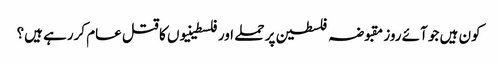
کون ہیں جو آئے روز مقبوضہ فلسطین پر حملے اور فلسطینیوں کا قتل عام کررہے ہیں؟